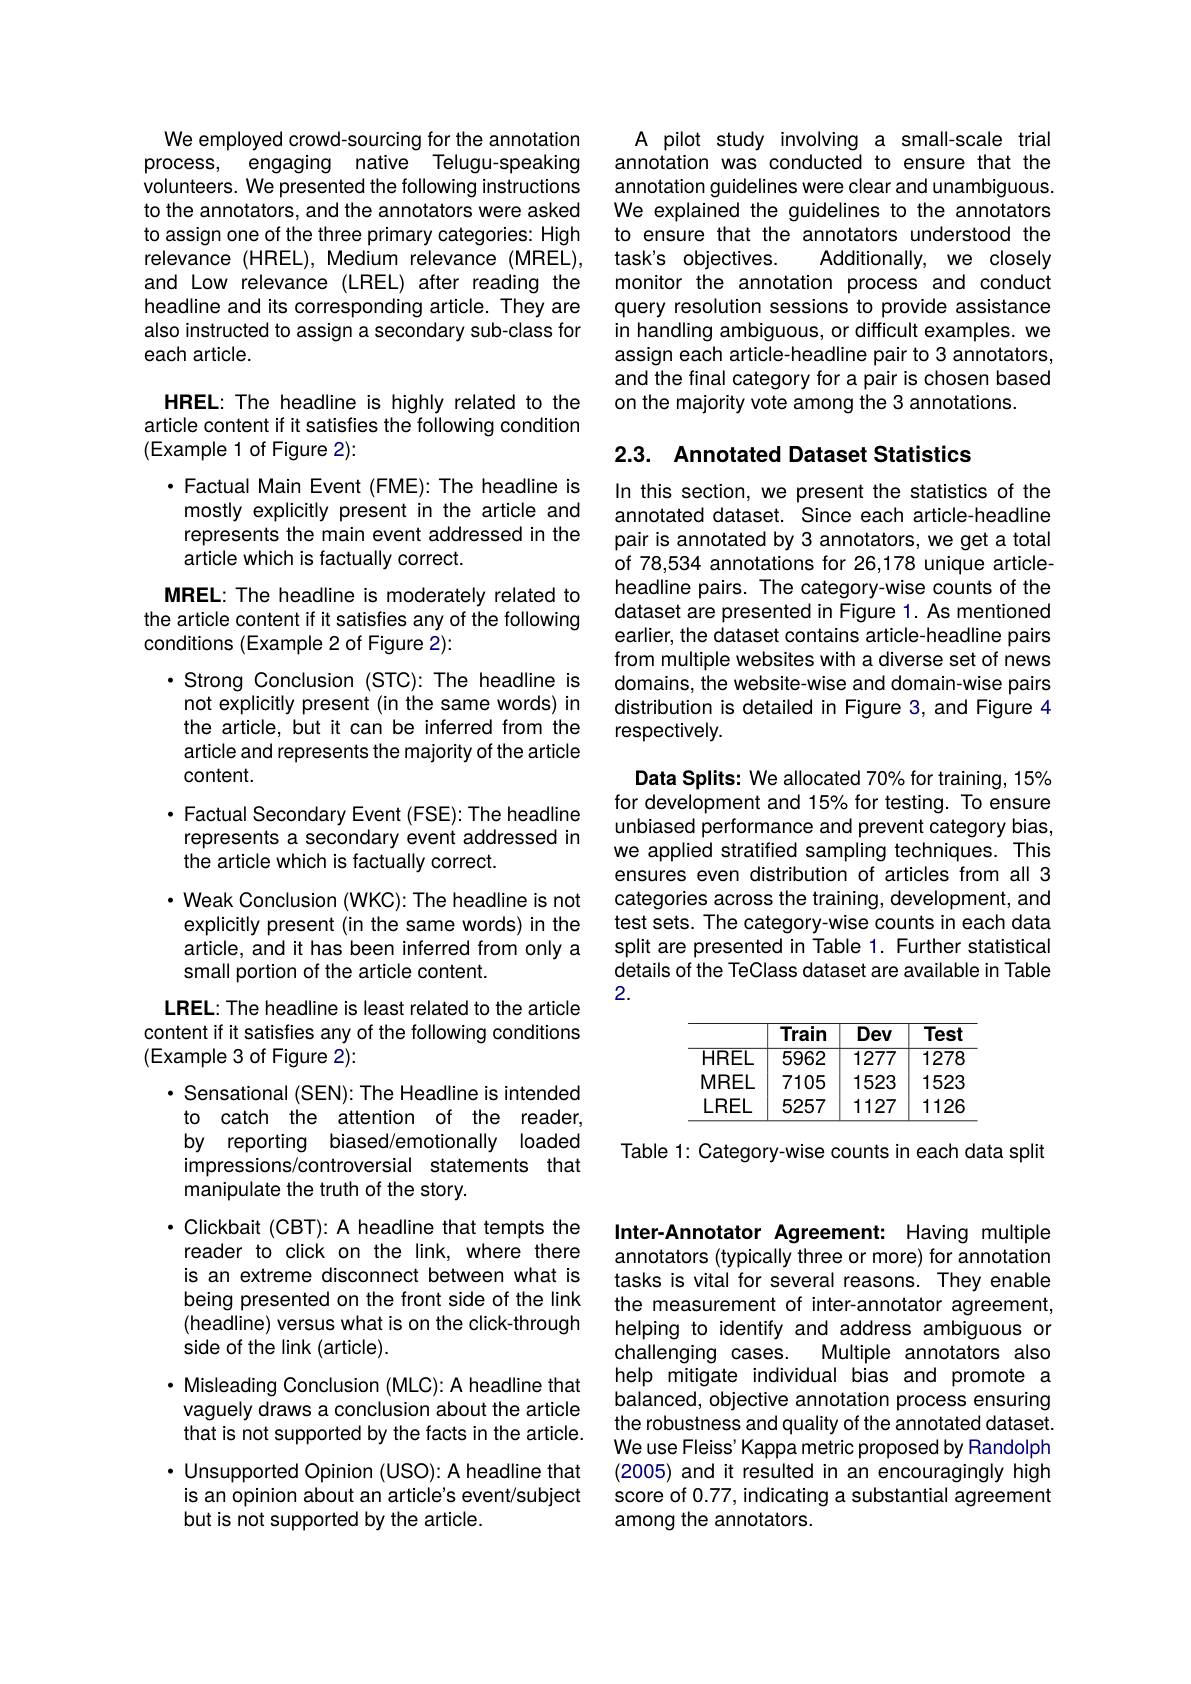
We employed crowd-sourcing for the annotation process, engaging native Telugu-speaking volunteers. We presented the following instructions to the annotators, and the annotators were asked to assign one of the three primary categories: High relevance (HREL), Medium relevance (MREL), and Low relevance (LREL) after reading the headline and its corresponding article. They are also instructed to assign a secondary sub-class for each article.

HREL: The headline is highly related to the article content if it satisfies the following condition (Example 1 of Figure 2):
$\cdot$ Factual Main Event (FME): The headline is mostly explicitly present in the article and represents the main event addressed in the article which is factually correct.
MREL: The headline is moderately related to the article content if it satisfies any of the following conditions (Example 2 of Figure 2):
$\cdot$ Strong Conclusion (STC): The headline is not explicitly present (in the same words) in the article, but it can be inferred from the article and represents the majority of the article content.
$\cdot$ Factual Secondary Event (FSE): The headline represents a secondary event addressed in the article which is factually correct.
$\cdot$ Weak Conclusion (WKC): The headline is not explicitly present (in the same words) in the article, and it has been inferred from only a small portion of the article content.
LREL: The headline is least related to the article content if it satisfies any of the following conditions (Example 3 of Figure 2):
· Sensational (SEN): The Headline is intended to catch the attention of the reader, by reporting biased/emotionally loaded impressions/controversial statements that manipulate the truth of the story.
· Clickbait (CBT): A headline that tempts the reader to click on the link, where there is an extreme disconnect between what is being presented on the front side of the link (headline) versus what is on the click-through side of the link (article).
· Misleading Conclusion (MLC): A headline that vaguely draws a conclusion about the article that is not supported by the facts in the article. $\cdot$ Unsupported Opinion (USO): A headline that is an opinion about an article's event/subject but is not supported by the article.

A pilot study involving a small-scale trial annotation was conducted to ensure that the annotation guidelines were clear and unambiguous. We explained the guidelines to the annotators to ensure that the annotators understood the task's objectives.
Additionally, we closely
monitor the annotation process and conduct query resolution sessions to provide assistance in handling ambiguous, or difficult examples. we assign each article-headline pair to 3 annotators, and the final category for a pair is chosen based on the majority vote among the 3 annotations.

## 2.3. Annotated Dataset Statistics

In this section, we present the statistics of the annotated dataset. Since each article-headline pair is annotated by 3 annotators, we get a total of 78,534 annotations for 26,178 unique articleheadline pairs. The category-wise counts of the dataset are presented in Figure 1. As mentioned earlier, the dataset contains article-headline pairs from multiple websites with a diverse set of news domains, the website-wise and domain-wise pairs distribution is detailed in Figure 3, and Figure 4 respectively.

Data Splits: We allocated 70% for training, 15% for development and 15% for testing. To ensure unbiased performance and prevent category bias, we applied stratified sampling techniques. This ensures even distribution of articles from all 3 categories across the training, development, and test sets. The category-wise counts in each data split are presented in Table 1. Further statistical details of the TeClass dataset are available in Table 2.

<table>
	<tbody>
		<tr>
			<th> </th>
			<th>Train</th>
			<th>Dev</th>
			<th>$\overline{\text{Test}}$</th>
		</tr>
		<tr>
			<td>$HRE$</td>
			<td>$L$ 5962</td>
			<td>1277</td>
			<td>$127\varepsilon$</td>
		</tr>
		<tr>
			<td>$MRE$</td>
			<td>$L$ 7105</td>
			<td>1523</td>
			<td>1525</td>
		</tr>
		<tr>
			<td>$LRE$</td>
			<td>5257</td>
			<td>1127</td>
			<td>$112E$</td>
		</tr>
	</tbody>
</table>

Table 1: Category-wise counts in each data split

Inter-Annotator Agreement: Having multiple annotators (typically three or more) for annotation tasks is vital for several reasons. They enable the measurement of inter-annotator agreement, helping to identify and address ambiguous or
Multiple annotators also
challenging cases.
help mitigate individual bias and promote a balanced, objective annotation process ensuring the robustness and quality of the annotated dataset. We use Fleiss' Kappa metric proposed by Randolph (2005) and it resulted in an encouragingly high score of 0.77, indicating a substantial agreement among the annotators.